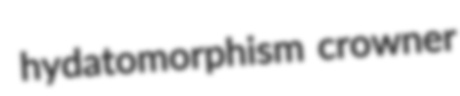
hydatomorphism crowner